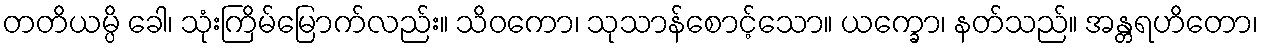
တတိယမ္ပိ ခေါ၊ သုံးကြိမ်မြောက်လည်း။ သိဝကော၊ သုသာန်စောင့်သော။ ယက္ခော၊ နတ်သည်။ အန္တရဟိတော၊